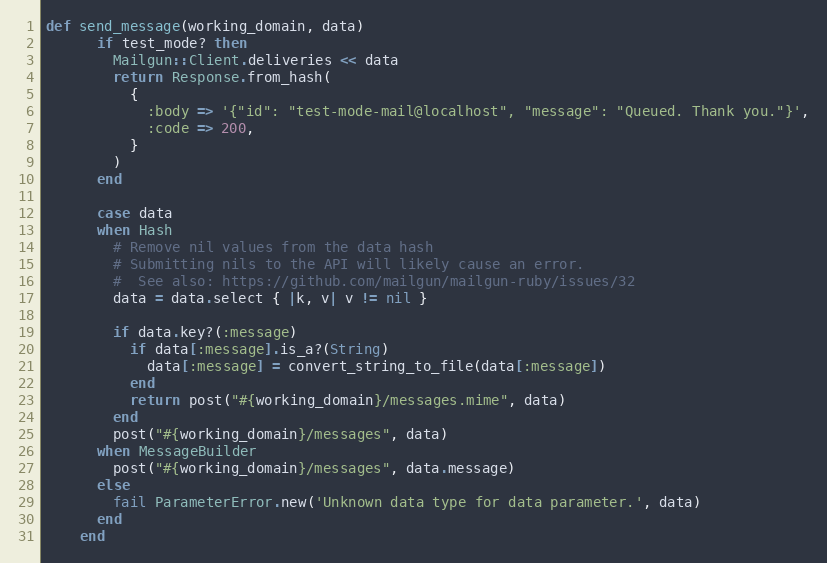
Language: Ruby
def send_message(working_domain, data)
      if test_mode? then
        Mailgun::Client.deliveries << data
        return Response.from_hash(
          {
            :body => '{"id": "test-mode-mail@localhost", "message": "Queued. Thank you."}',
            :code => 200,
          }
        )
      end

      case data
      when Hash
        # Remove nil values from the data hash
        # Submitting nils to the API will likely cause an error.
        #  See also: https://github.com/mailgun/mailgun-ruby/issues/32
        data = data.select { |k, v| v != nil }

        if data.key?(:message)
          if data[:message].is_a?(String)
            data[:message] = convert_string_to_file(data[:message])
          end
          return post("#{working_domain}/messages.mime", data)
        end
        post("#{working_domain}/messages", data)
      when MessageBuilder
        post("#{working_domain}/messages", data.message)
      else
        fail ParameterError.new('Unknown data type for data parameter.', data)
      end
    end